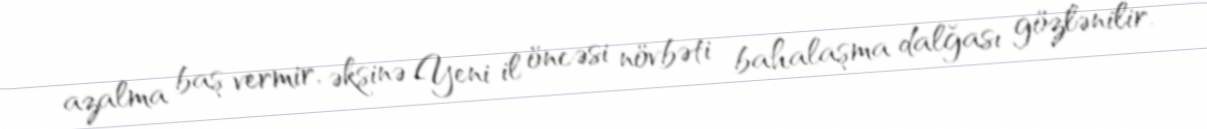
azalma baş vermir, əksinə Yeni il öncəsi növbəti bahalaşma dalğası gözlənilir.